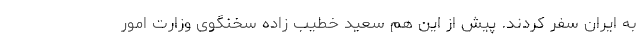
به ایران سفر کردند. پیش از این هم سعید خطیب زاده سخنگوی وزارت امور